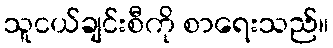
သူငယ်ချင်းစီကို စာရေးသည်။